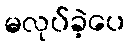
မလုပ်ခဲ့ပေ